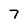
Character: 7